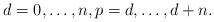
LaTeX: \begin{align*}d=0,\dots ,n, p=d,\dots ,d+n .\end{align*}